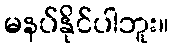
မနပ်နိုင်ပါဘူး။